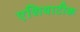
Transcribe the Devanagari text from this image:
एशियाटीक